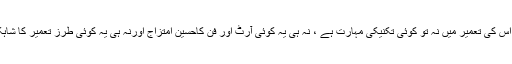
حالانکہ اس کی تعمیر میں نہ تو کوئی تکنیکی مہارت ہے ، نہ ہی یہ کوئی آرٹ اور فن کاحسین امتزاج اورنہ ہی یہ کوئی طرز تعمیر کا شاہکار ہے ۔